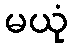
မယုံ